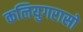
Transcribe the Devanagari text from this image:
कलियुगरासो